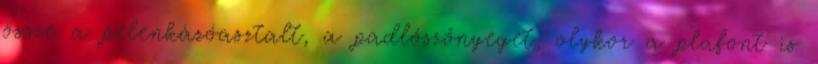
össze a pelenkázóasztalt, a padlószőnyeget, olykor a plafont is